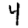
Digit: 4